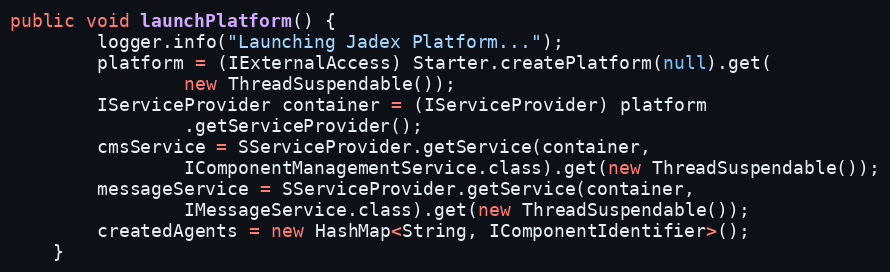
Language: Java
public void launchPlatform() {
        logger.info("Launching Jadex Platform...");
        platform = (IExternalAccess) Starter.createPlatform(null).get(
                new ThreadSuspendable());
        IServiceProvider container = (IServiceProvider) platform
                .getServiceProvider();
        cmsService = SServiceProvider.getService(container,
                IComponentManagementService.class).get(new ThreadSuspendable());
        messageService = SServiceProvider.getService(container,
                IMessageService.class).get(new ThreadSuspendable());
        createdAgents = new HashMap<String, IComponentIdentifier>();
    }